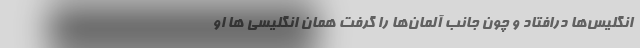
انگلیس‌ها در‌افتاد و چون جانب آلمان‌ها را گرفت همان انگلیسی ها او